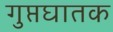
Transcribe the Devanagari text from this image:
गुप्तघातक